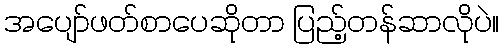
အပျော်ဖတ်စာပေဆိုတာ ပြည့်တန်ဆာလိုပဲ။